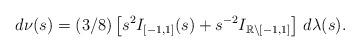
LaTeX: \begin{align*}d\nu(s)=(3/8)\left[s^{2}I_{[-1,1]}(s)+s^{-2}I_{\mathbb{R}\setminus[-1,1]}\right]\,d\lambda(s).\end{align*}